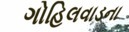
ગોહિલવાડના